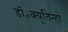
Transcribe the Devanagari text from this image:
डॉ॰क्यूतिन्हो